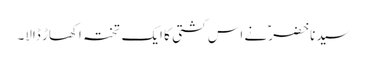
سیدنا خضرؑ نے اس کشتی کا ایک تختہ اکھاڑ ڈالا۔